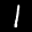
Label: 1